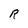
Character: R